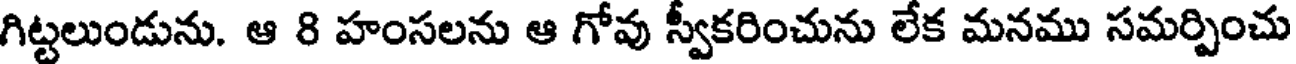
గిట్టలుండును. ఆ 8 హంసలను ఆ గోవు స్వీకరించును లేక మనము సమర్పించు